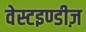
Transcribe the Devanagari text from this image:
वेस्टइण्डीज़